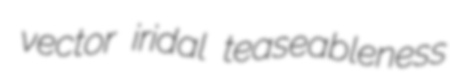
vector iridal teaseableness